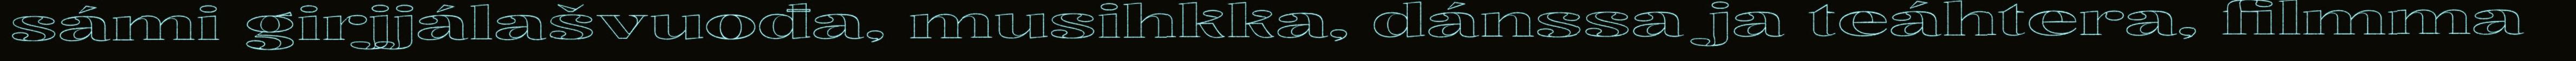
sámi girjjálašvuođa, musihkka, dánssa ja teáhtera, filmma